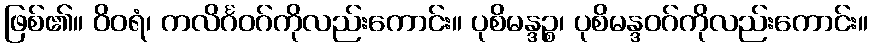
ဖြစ်၏။ ဝိဝရံ၊ ကလိင်္ဂဝဂ်ကိုလည်းကောင်း။ ပုစိမန္ဒဉ္စ၊ ပုစိမန္ဒဝဂ်ကိုလည်းကောင်း။